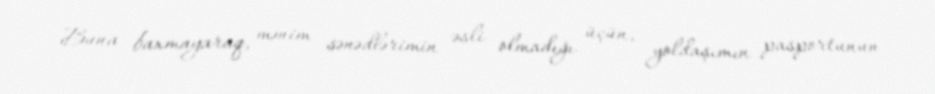
Buna baxmayaraq, mənim sənədlərimin əsli olmadığı üçün, yoldaşımın pasportunun